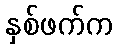
နှစ်ဖက်က